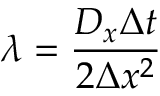
\lambda = { \frac { D _ { x } \Delta t } { 2 \Delta x ^ { 2 } } }